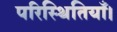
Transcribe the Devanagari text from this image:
परिस्थितियाँ।